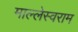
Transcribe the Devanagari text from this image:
माल्लेस्वराम